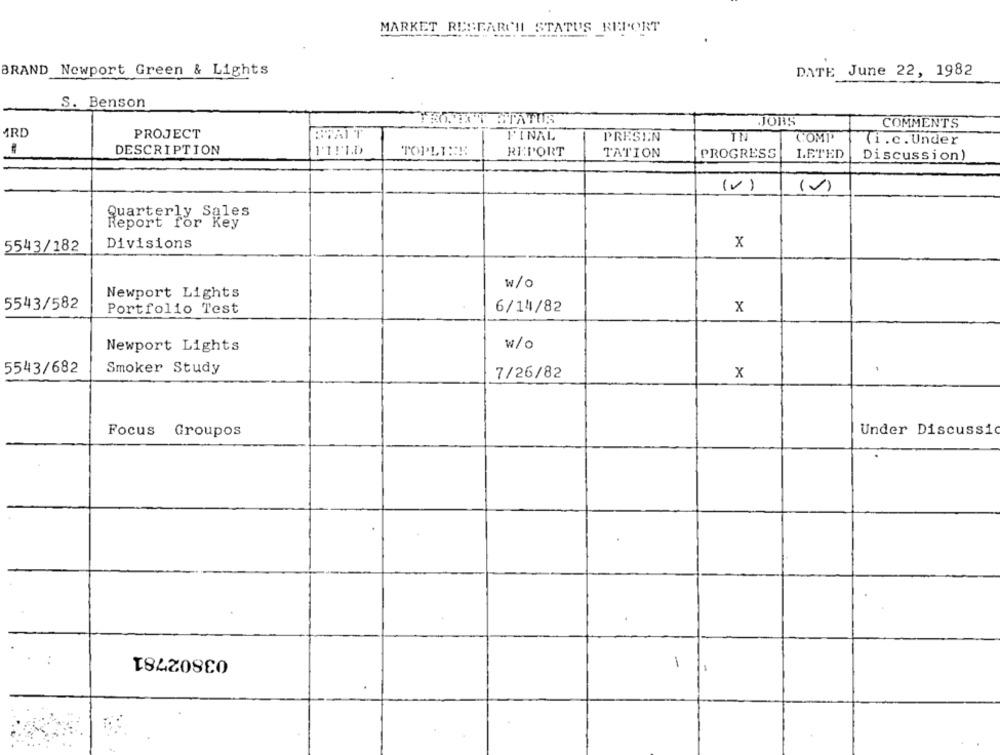
MARKET RESEARCH STATUS REPORT
BRAND Newport Green & Lights
DATE June 22, 1982
S. Benson
JOBS
COMMENTS
ARD
PROJECT
BOAIT
FINAL
PRESIN
IN
COMP
Ti.c. Under
DESCRIPTION
1'1!1.0
TOPLIN !!
REPORT
TATION
PROGRESS
LETED
Discussion)
(V)
()
Quarterly Sales
Report for Key
5543/182
Divisions
x
w/o
Newport Lights
5543/582
Portfolio Test
6/14/82
x
Newport Lights
w/o
5543/682
Smoker Study
7/26/82
X
Under Discussi
Focus Groupos
03802781
1